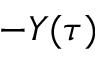
- Y ( \tau )